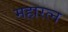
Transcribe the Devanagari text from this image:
महारत्‍न